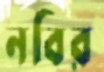
নবির